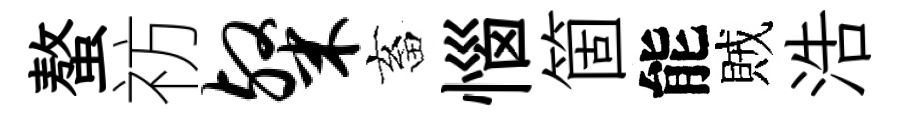
螯祊粲畜惱箇能賊浩